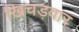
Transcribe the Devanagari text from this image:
खिचड़वार